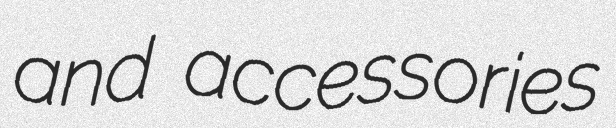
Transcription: and accessories